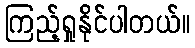
ကြည့်ရှုနိုင်ပါတယ်။